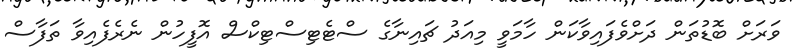
ވަރަށް ބޮޑުތަން ދަށްވެފައިވާކަން ހާމަވީ މިއަދު ޗައިނާގެ ސްޓެޓިސްޓިކްސް އޮފީހުން ނެރެފެއިވާ ތަފާސް